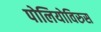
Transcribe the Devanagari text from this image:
पोलियोविरुस